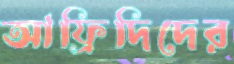
আফ্রিদিদের